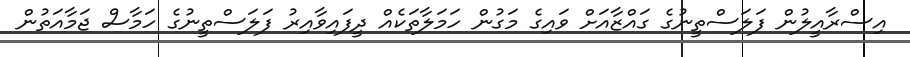
އިސްރާއީލުން ފަލަސްތީނުގެ ގައްޒާއަށް ވައިގެ މަގުން ހަމަލާތަކެއް ދީފައިވާއިރު ފަލަސްތީނުގެ ހަމާސް ޖަމާއަތުން